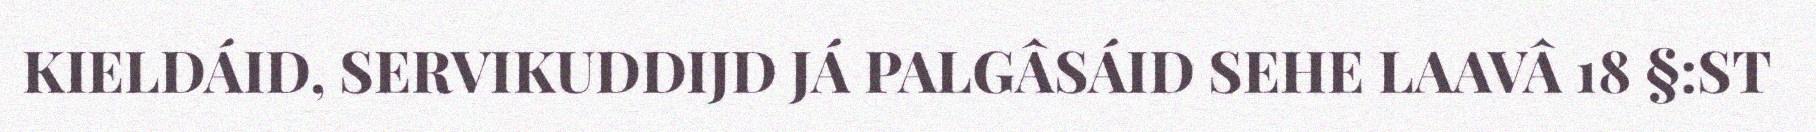
KIELDÁID, SERVIKUDDIJD JÁ PALGÂSÁID SEHE LAAVÂ 18 §:ST